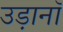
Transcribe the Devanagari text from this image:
उड़ानॉ